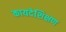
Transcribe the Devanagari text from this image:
कायदेशिक्षण